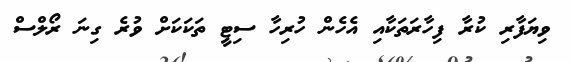
ވިޔަފާރި ކުރާ ފިހާރަތަކާއި އެހެން ހުރިހާ ސިޓީ ތަކަކަށް ވުރެ ގިނަ ރޯލްސް